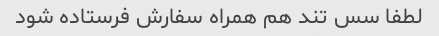
لطفا سس تند هم همراه سفارش فرستاده شود